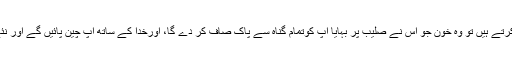
جب آپ مسیح پر بھروسہ کرتے ہیں تو وہ خون جو اُس نے صلیب پر بہایا آپ کوتمام گناہ سے پاک صاف کر دے گا، اورخُدا کے ساتھ آپ چین پائیں گے اور نئے سرے سے جنم لیں گے!